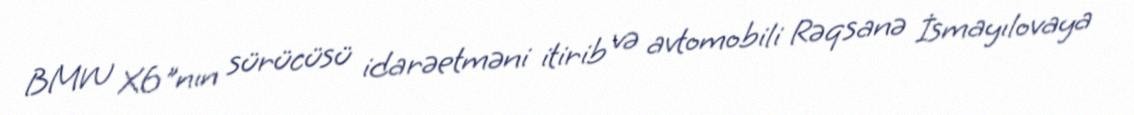
BMW X6"nın sürücüsü idarəetməni itirib və avtomobili Rəqsanə İsmayılovaya